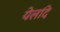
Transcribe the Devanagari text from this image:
येलांदे